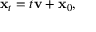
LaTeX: { \mathbf { x } } _ { t } = t { \mathbf { v } } + { \mathbf { x } } _ { 0 } ,